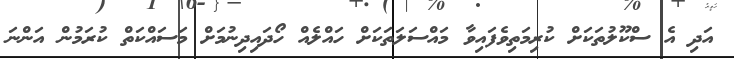
އަދި އެ ސްކޫލުތަކަށް ކުރިމަތިވެފައިވާ މައްސަލަތަކަށް ހައްލެއް ހޯދައިދިނުމަށް މަސައްކަތް ކުރަމުން އަންނަ